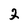
Character: 2